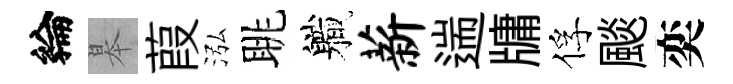
綸皋葭泓眺軄薪遄牗俘颷奕